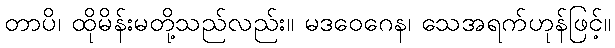
တာပိ၊ ထိုမိန်းမတို့သည်လည်း။ မဒဝေဂေန၊ သေအရက်ဟုန်ဖြင့်။